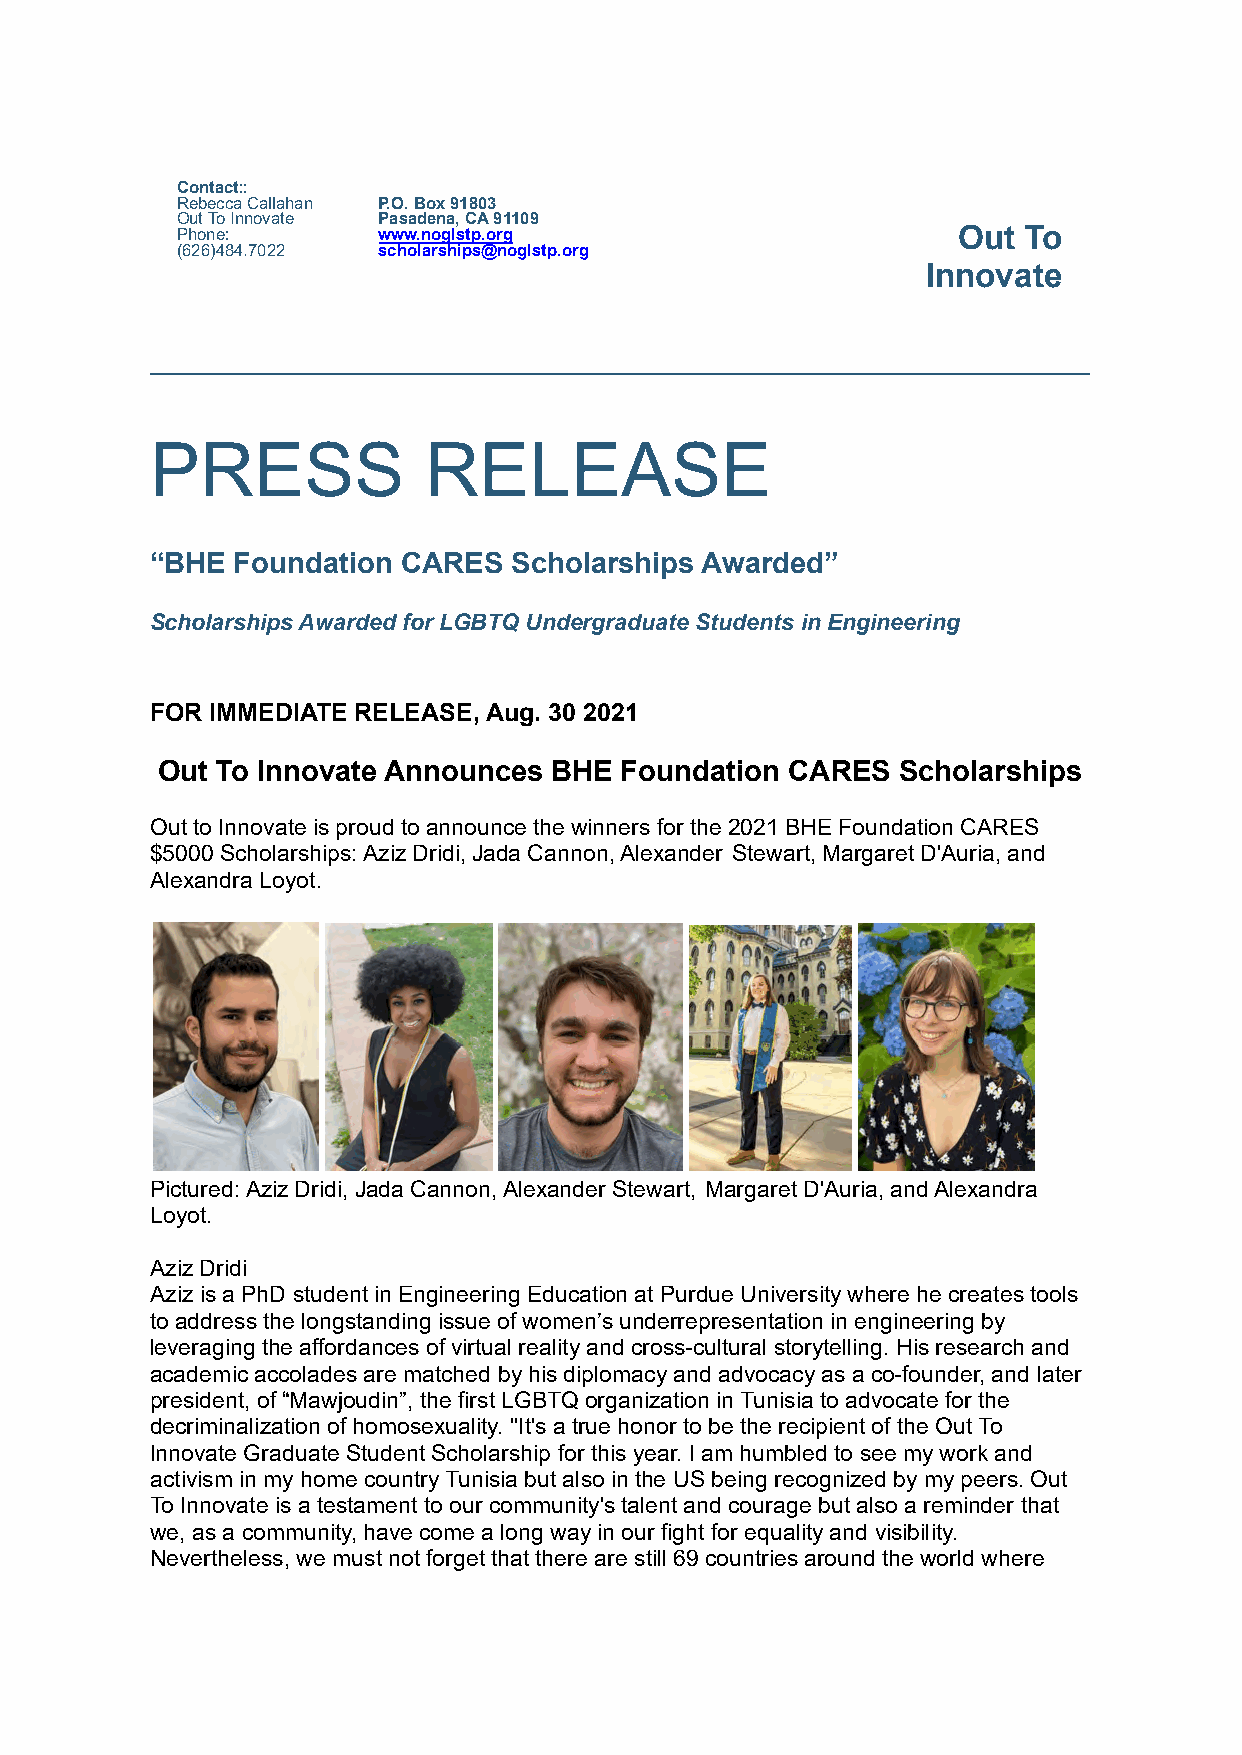
Contact::
 Rebecca Callahan P.O. Box 91803
 Out To Innovate Pasadena, CA 91109
 Phone:       www.noglstp.org                       Out  To
 (626)484.7022 scholarships@noglstp.org
 Innovate
 PRESS             RELEASE
 “BHE  Foundation CARES  Scholarships Awarded”
 Scholarships Awarded for LGBTQ Undergraduate Students in Engineering
 FOR IMMEDIATE RELEASE, Aug. 30 2021
 Out To Innovate Announces  BHE Foundation CARES  Scholarships
 Out to Innovate is proud to announce the winners for the 2021 BHE Foundation CARES
 $5000 Scholarships: Aziz Dridi, Jada Cannon, Alexander Stewart, Margaret D'Auria, and
 Alexandra Loyot.
 Pictured: Aziz Dridi, Jada Cannon, Alexander Stewart, Margaret D'Auria, and Alexandra
 Loyot.
 Aziz Dridi
 Aziz is a PhD student in Engineering Education at Purdue University where he creates tools
 to address the longstanding issue of women’s underrepresentation in engineering by
 leveraging the affordances of virtual reality and cross-cultural storytelling. His research and
 academic accolades are matched by his diplomacy and advocacy as a co-founder, and later
 president, of “Mawjoudin”, the first LGBTQ organization in Tunisia to advocate for the
 decriminalization of homosexuality. "It's a true honor to be the recipient of the Out To
 Innovate Graduate Student Scholarship for this year. I am humbled to see my work and
 activism in my home country Tunisia but also in the US being recognized by my peers. Out
 To Innovate is a testament to our community's talent and courage but also a reminder that
 we, as a community, have come a long way in our fight for equality and visibility.
 Nevertheless, we must not forget that there are still 69 countries around the world where